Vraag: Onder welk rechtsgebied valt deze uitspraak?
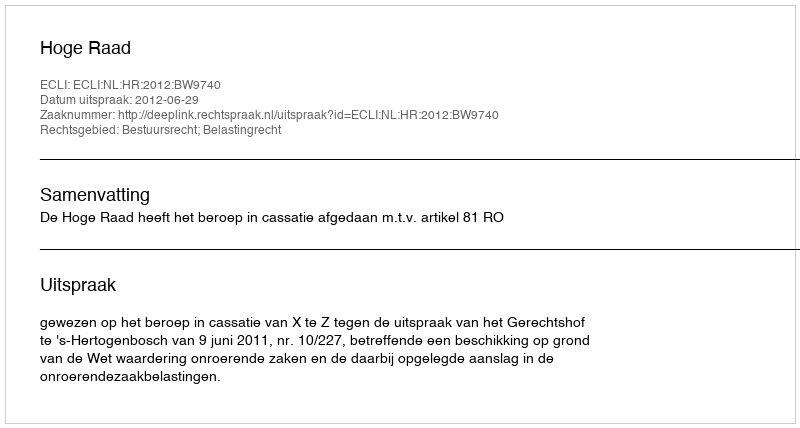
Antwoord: Bestuursrecht; Belastingrecht